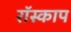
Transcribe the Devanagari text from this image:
रॉस्काप